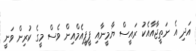
އަދި އެ ނަތީޖާއާއެކު ރައީސް ޔާމީނާއި ޕީޕީއެމްއިން ވެސް މީގެ ކުރިން ވަނީ